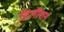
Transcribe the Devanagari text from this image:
डिलीशन